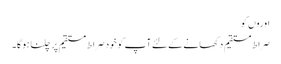
اوروں کو
صراط مستقیم دکھانے کے لئے آپ کو خود صراط مستقیم پر چلنا ہو گا۔